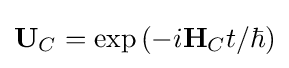
{\textstyle \mathbf {U} _{C}=\exp \left({-i\mathbf {H} _{C}t}/{\hbar }\right)}